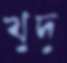
খুদু